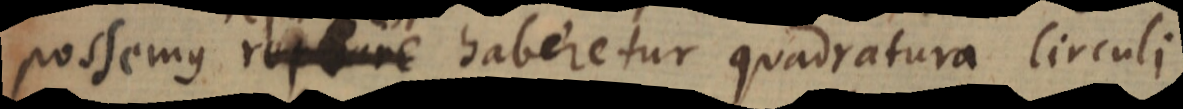
possemus rupure haberetur quadratura Circuli